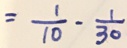
= \frac { 1 } { 1 0 } - \frac { 1 } { 3 0 }